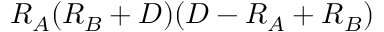
R _ { A } ( R _ { B } + D ) ( D - R _ { A } + R _ { B } )